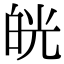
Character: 㿠